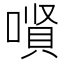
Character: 𱔊